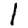
Digit: 1